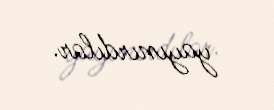
yayınırdılar.